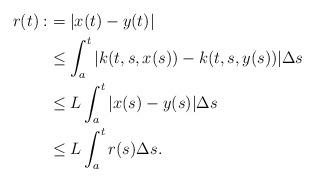
LaTeX: \begin{align*}r(t):& = |x(t)-y(t)|\\&\leq \int_a^t |k(t,s,x(s))-k(t,s,y(s))|\Delta s\\&\leq L \int_a^t |x(s)-y(s)|\Delta s\\&\leq L \int_a^t r(s)\Delta s.\end{align*}